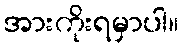
အားကိုးရမှာပါ။